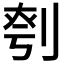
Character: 𪟉